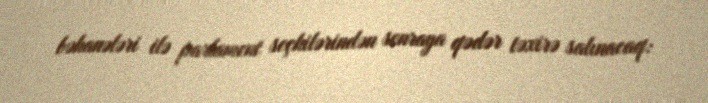
bəhanələri ilə parlament seçkilərindən sonraya qədər təxirə salınacaq: